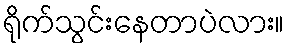
ရိုက်သွင်းနေတာပဲလား။